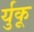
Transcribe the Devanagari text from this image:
र्युकू